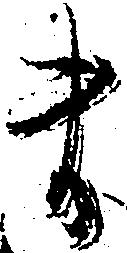
ま